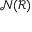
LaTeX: \textstyle { \mathcal { N } } ( { \mathcal { R } } )